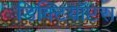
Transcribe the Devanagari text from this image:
डिक्टियॉप्टरा